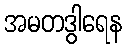
အမတဒွါရေန